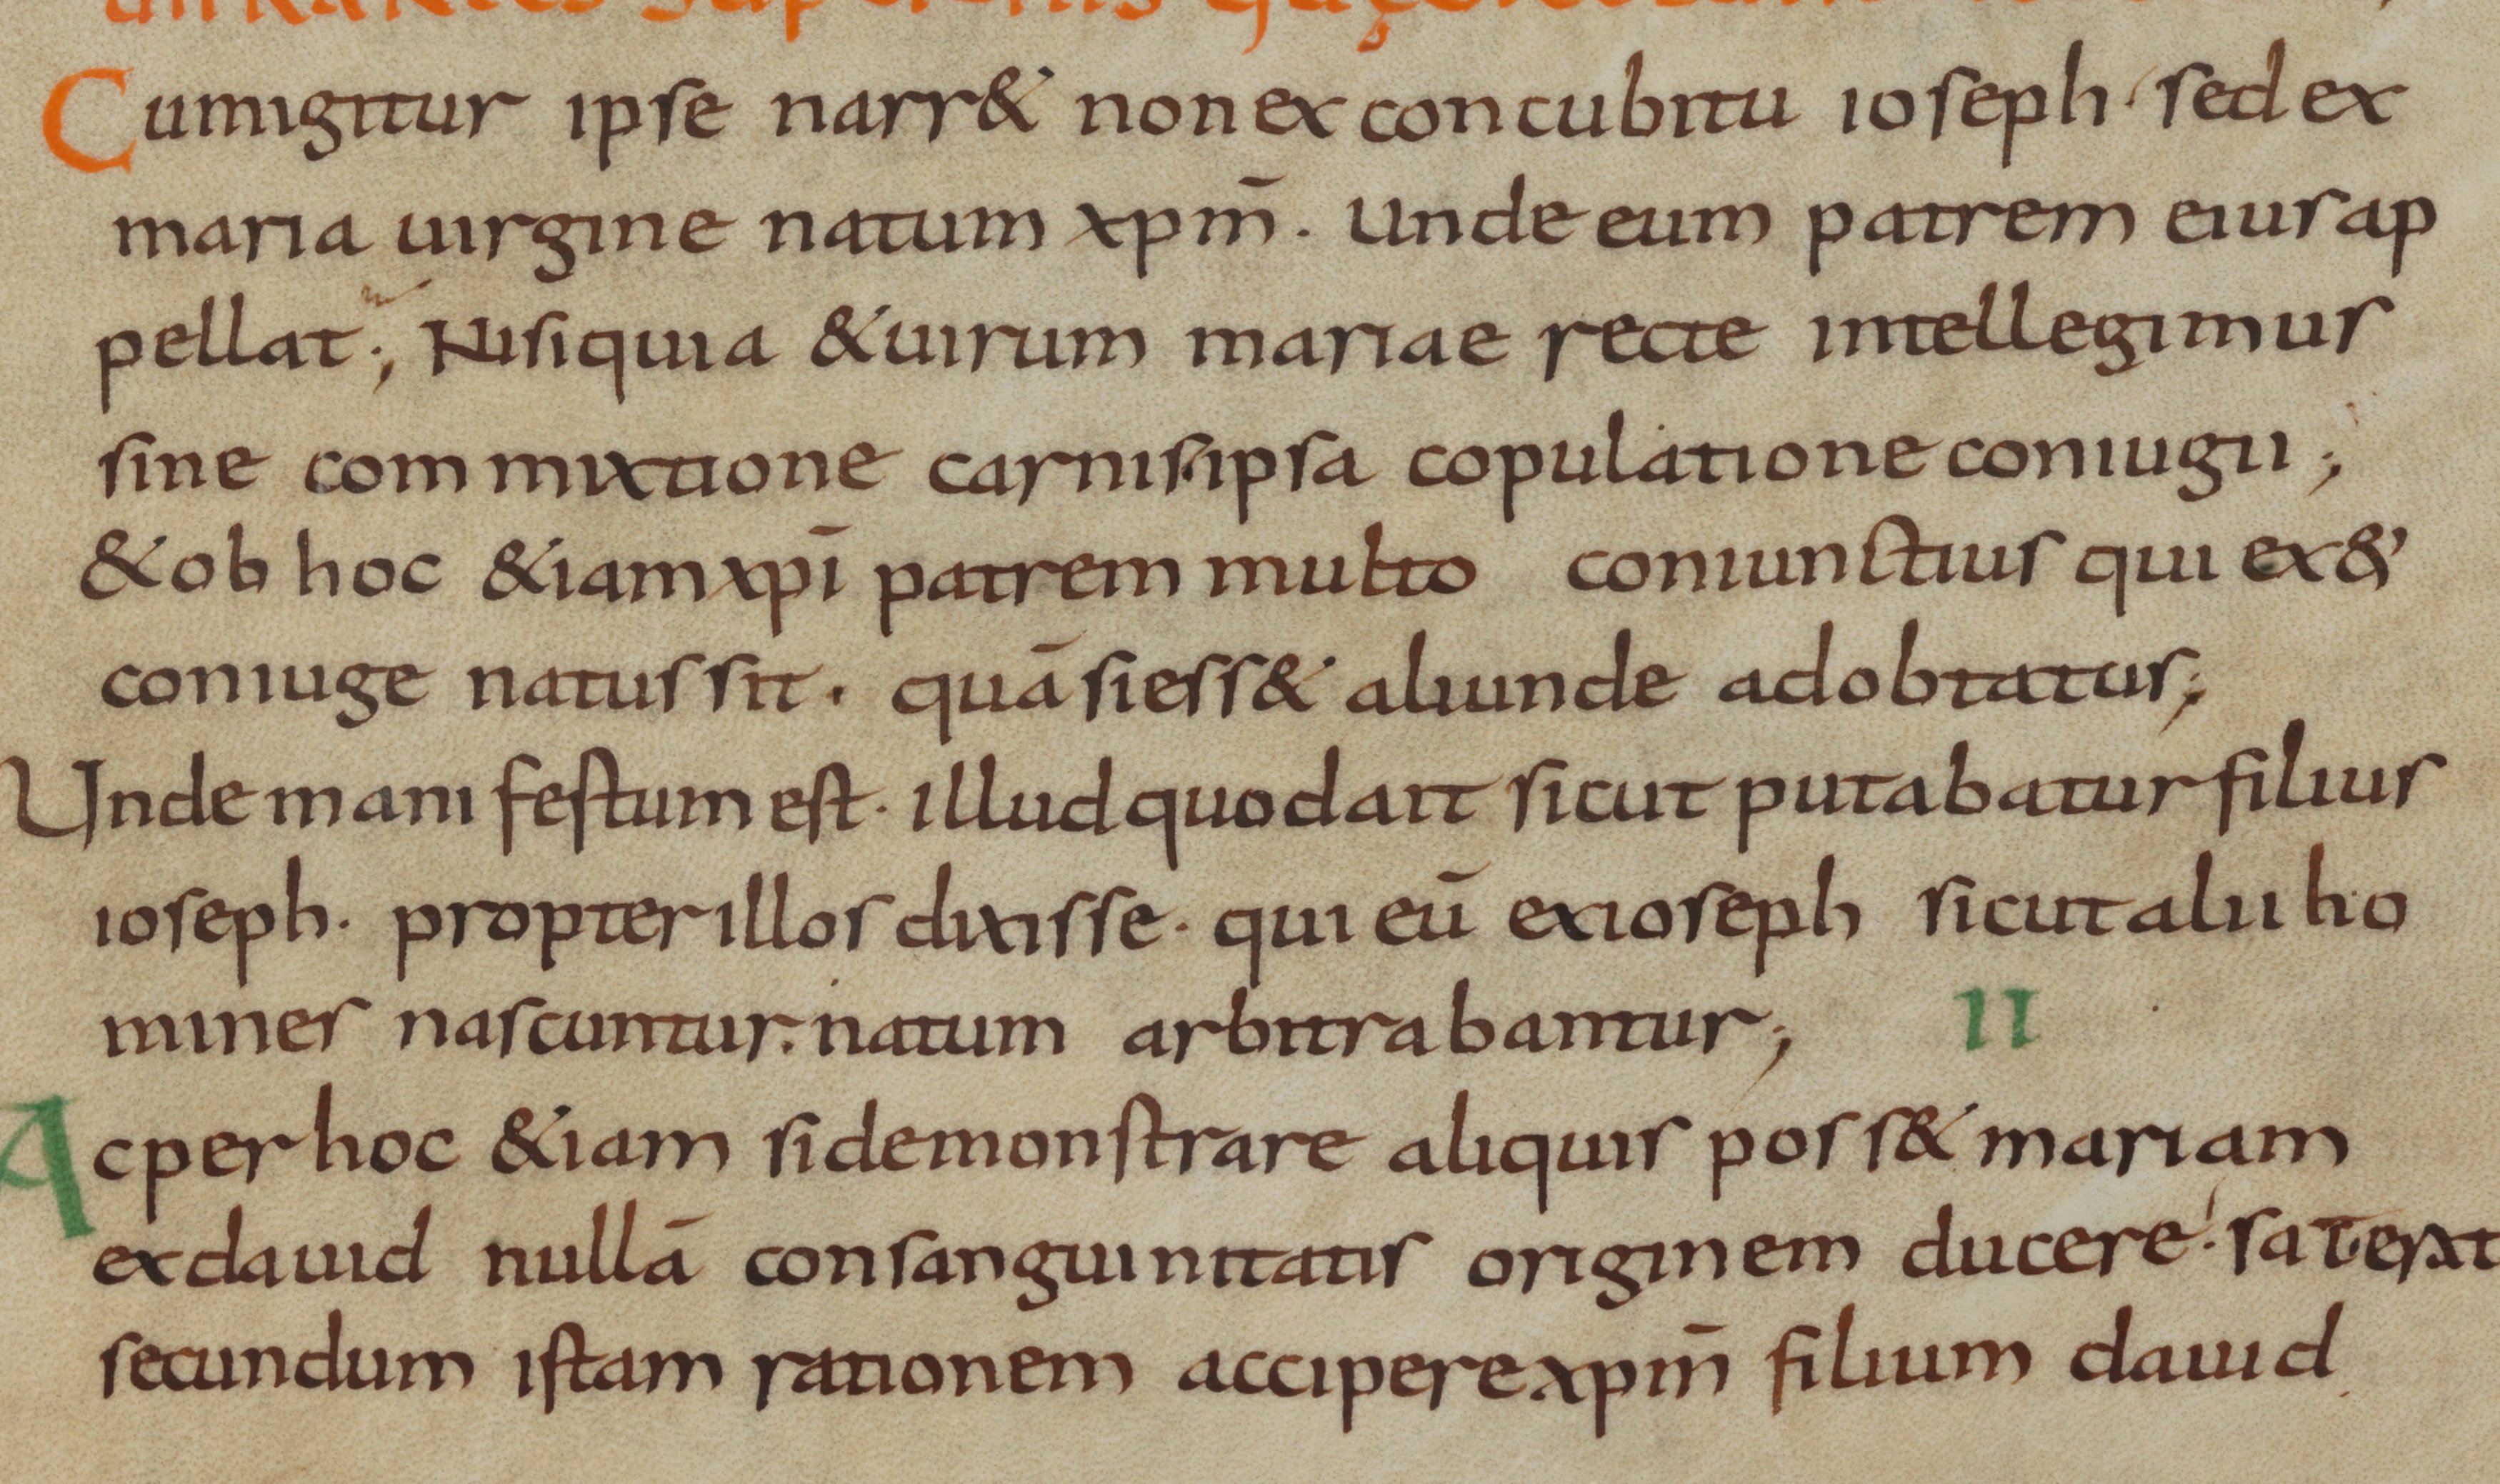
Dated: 800–899